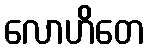
လောဟိတေ